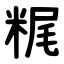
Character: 䊊